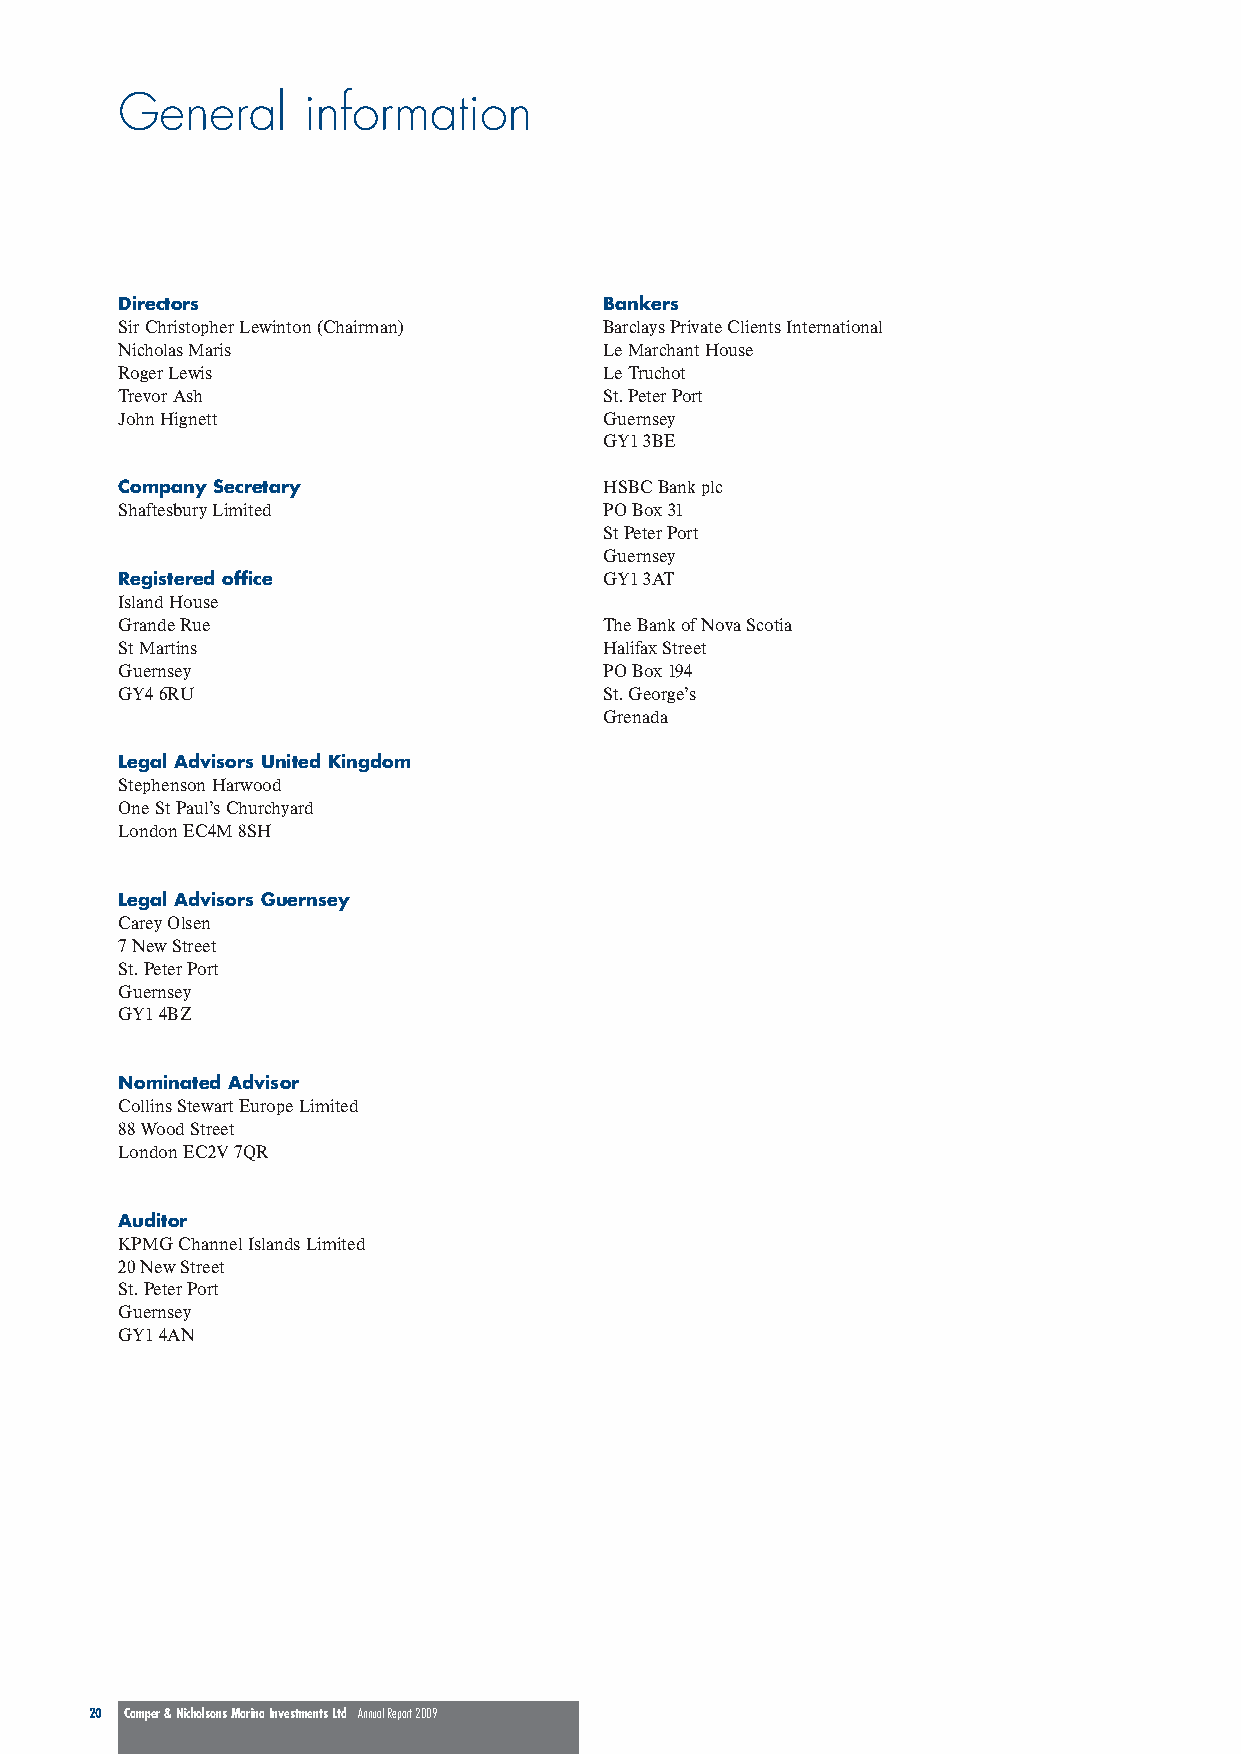
General     information
 Directors                       Bankers
 Sir Christopher Lewinton (Chairman) Barclays Private Clients International
 Nicholas Maris                  Le Marchant House
 Roger Lewis                     Le Truchot
 Trevor Ash                      St. Peter Port
 John Hignett                    Guernsey
 GY1 3BE
 Company Secretary               HSBC Bank plc
 Shaftesbury Limited             PO Box 31
 St Peter Port
 Guernsey
 Registered office               GY1 3AT
 Island House
 Grande Rue                      The Bank of Nova Scotia
 St Martins                      Halifax Street
 Guernsey                        PO Box 194
 GY4 6RU                         St. George’s
 Grenada
 Legal Advisors United Kingdom
 Stephenson Harwood
 One St Paul’s Churchyard
 London EC4M 8SH
 Legal Advisors Guernsey
 Carey Olsen
 7 New Street
 St. Peter Port
 Guernsey
 GY1 4BZ
 Nominated Advisor
 Collins Stewart Europe Limited
 88 Wood Street
 London EC2V 7QR
 Auditor
 KPMG Channel Islands Limited
 20 New Street
 St. Peter Port
 Guernsey
 GY1 4AN
 20 Camper & Nicholsons Marina Investments Ltd Annual Report 2009